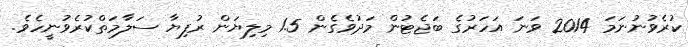
ކުރެވުނުނަމަ 2014 ވަނަ އަހަރުގެ ބަޖެޓުން މަދުވެގެން 1.5 މިލިޔަން ރުފިޔާ ސަލާމަތްކުރެވުނީހެވެ.